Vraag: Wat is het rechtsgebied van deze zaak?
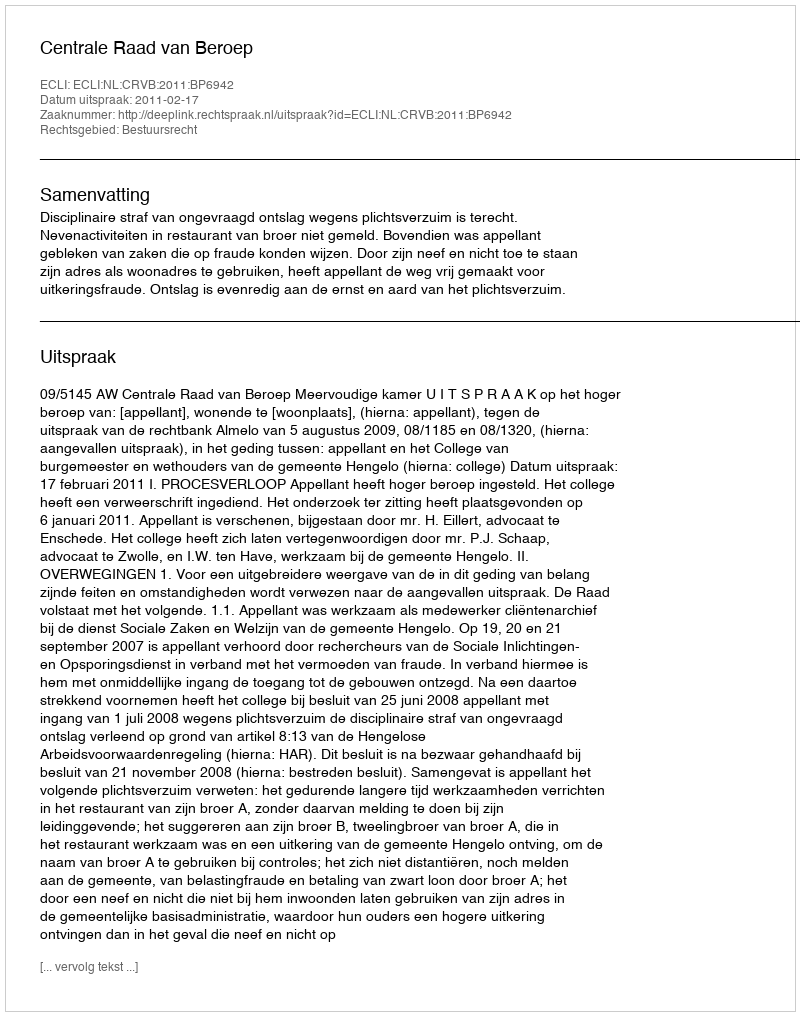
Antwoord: Bestuursrecht